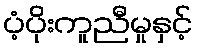
ပံ့ပိုးကူညီမှုနှင့်